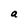
Character: a